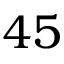
4 5